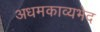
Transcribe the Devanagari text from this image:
अधमकाव्यभेद